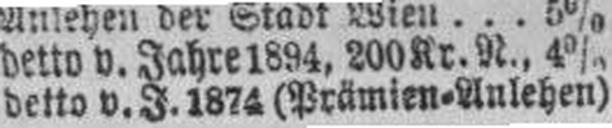
detto v. J. 1874 (Prämien=Anlehen)